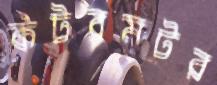
কটরমটর